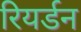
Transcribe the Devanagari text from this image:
रियर्डन